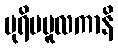
ပုရိမမူလကာနိ